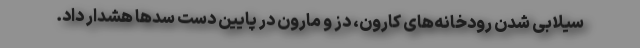
سیلابی شدن رودخانه‌های کارون، دز و مارون در پایین دست سدها هشدار داد.